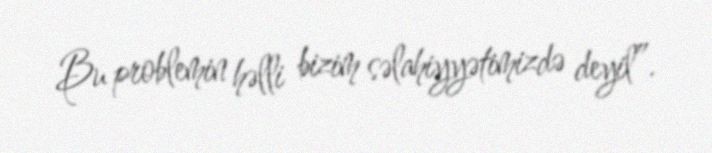
Bu problemin həlli bizim səlahiyyətimizdə deyil”.